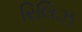
રિલિઝ